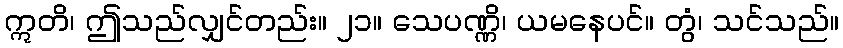
ဣတိ၊ ဤသည်လျှင်တည်း။ ၂၁။ သေပဏ္ဏိ၊ ယမနေပင်။ တွံ၊ သင်သည်။